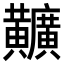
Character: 𪏪